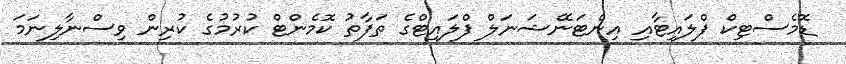
ޑޮމެސްޓިކް ފްލައިޓާއި އިންޓަނޭޝަނަލް ފްލައިޓްގެ ތަފާތު ކޮމެންޓް ކުރުމުގެ ކުރިން ވިސްނާލިނަމަ